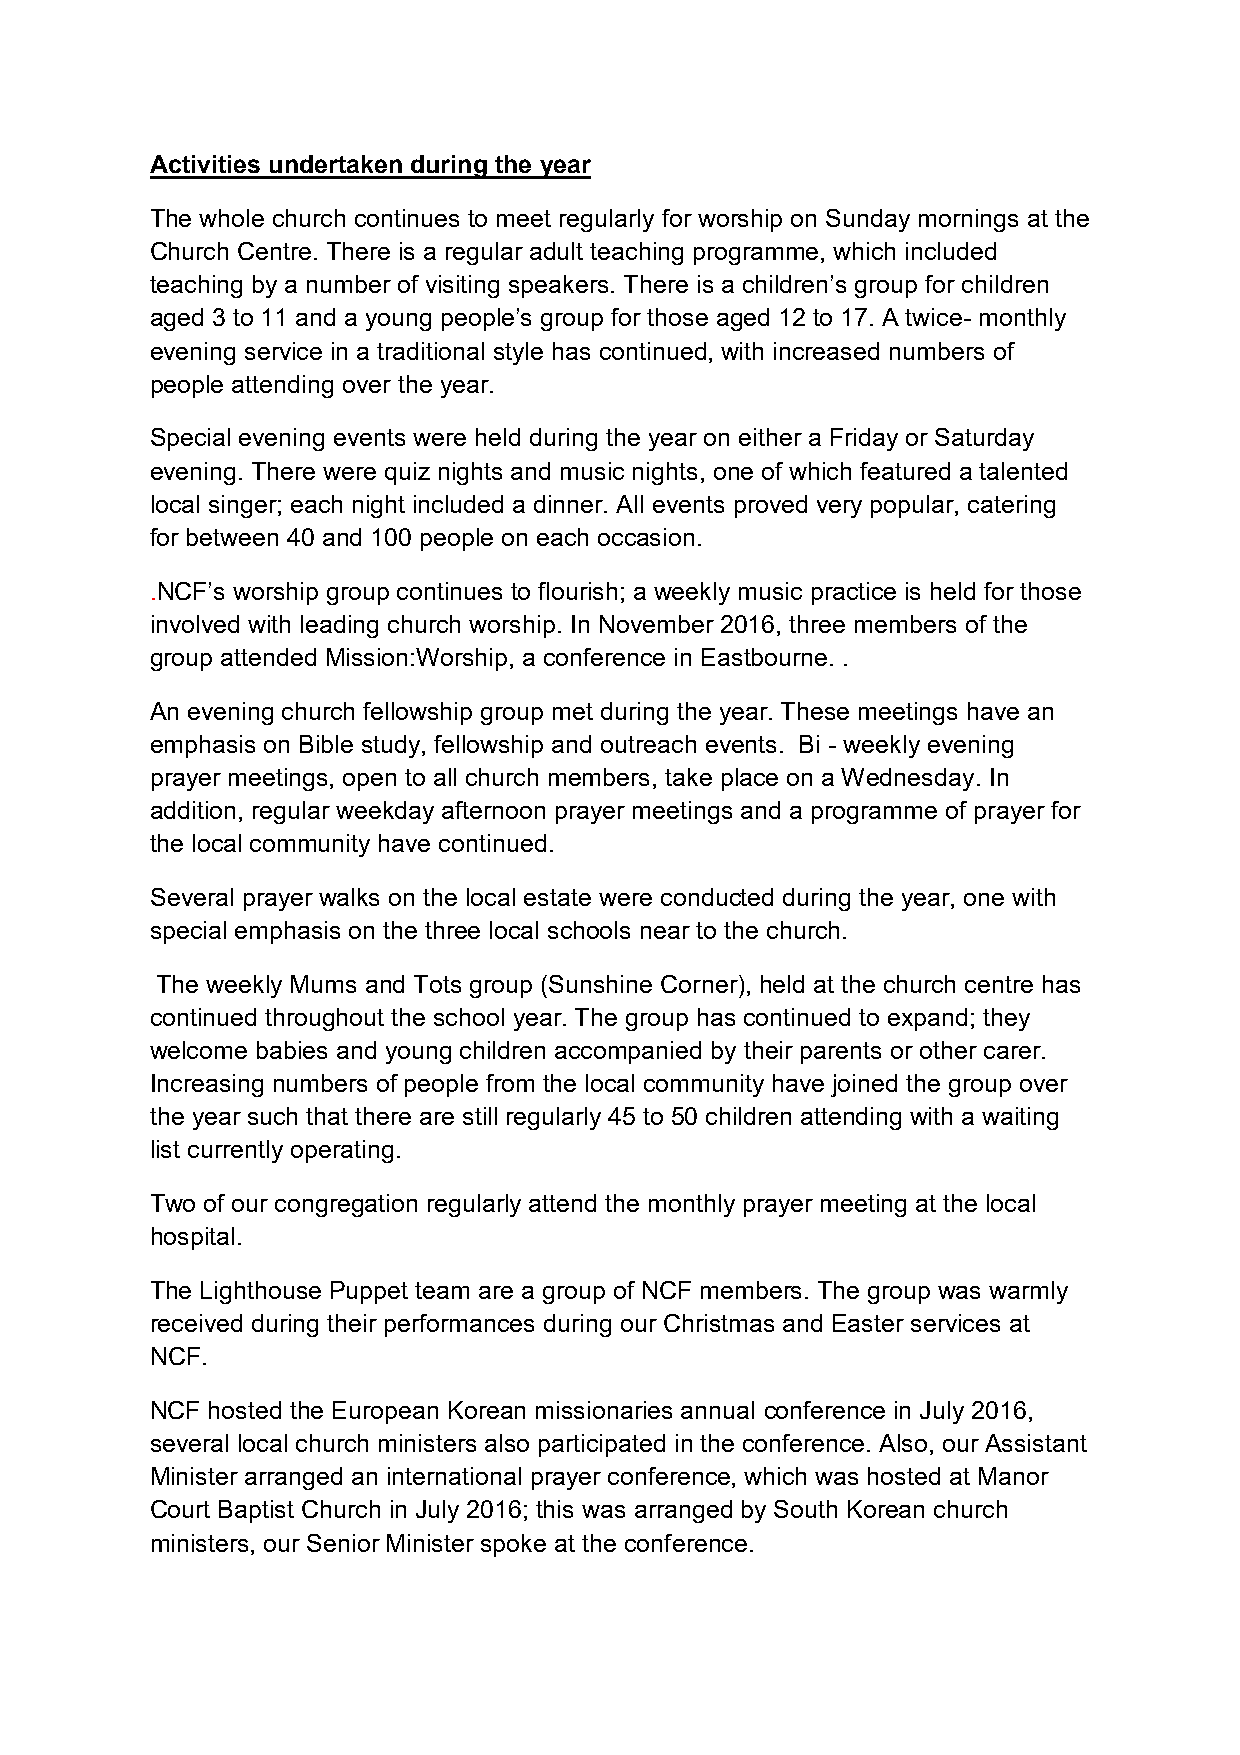
Activities undertaken during the year
 The whole church continues to meet regularly for worship on Sunday mornings at the
 Church Centre. There is a regular adult teaching programme, which included
 teaching by a number of visiting speakers. There is a children’s group for children
 aged 3 to 11 and a young people’s group for those aged 12 to 17. A twice- monthly
 evening service in a traditional style has continued, with increased numbers of
 people attending over the year.
 Special evening events were held during the year on either a Friday or Saturday
 evening. There were quiz nights and music nights, one of which featured a talented
 local singer; each night included a dinner. All events proved very popular, catering
 for between 40 and 100 people on each occasion.
 .NCF’s worship group continues to flourish; a weekly music practice is held for those
 involved with leading church worship. In November 2016, three members of the
 group attended Mission:Worship, a conference in Eastbourne. .
 An evening church fellowship group met during the year. These meetings have an
 emphasis on Bible study, fellowship and outreach events. Bi - weekly evening
 prayer meetings, open to all church members, take place on a Wednesday. In
 addition, regular weekday afternoon prayer meetings and a programme of prayer for
 the local community have continued.
 Several prayer walks on the local estate were conducted during the year, one with
 special emphasis on the three local schools near to the church.
 The weekly Mums and Tots group (Sunshine Corner), held at the church centre has
 continued throughout the school year. The group has continued to expand; they
 welcome babies and young children accompanied by their parents or other carer.
 Increasing numbers of people from the local community have joined the group over
 the year such that there are still regularly 45 to 50 children attending with a waiting
 list currently operating.
 Two of our congregation regularly attend the monthly prayer meeting at the local
 hospital.
 The Lighthouse Puppet team are a group of NCF members. The group was warmly
 received during their performances during our Christmas and Easter services at
 NCF.
 NCF hosted the European Korean missionaries annual conference in July 2016,
 several local church ministers also participated in the conference. Also, our Assistant
 Minister arranged an international prayer conference, which was hosted at Manor
 Court Baptist Church in July 2016; this was arranged by South Korean church
 ministers, our Senior Minister spoke at the conference.